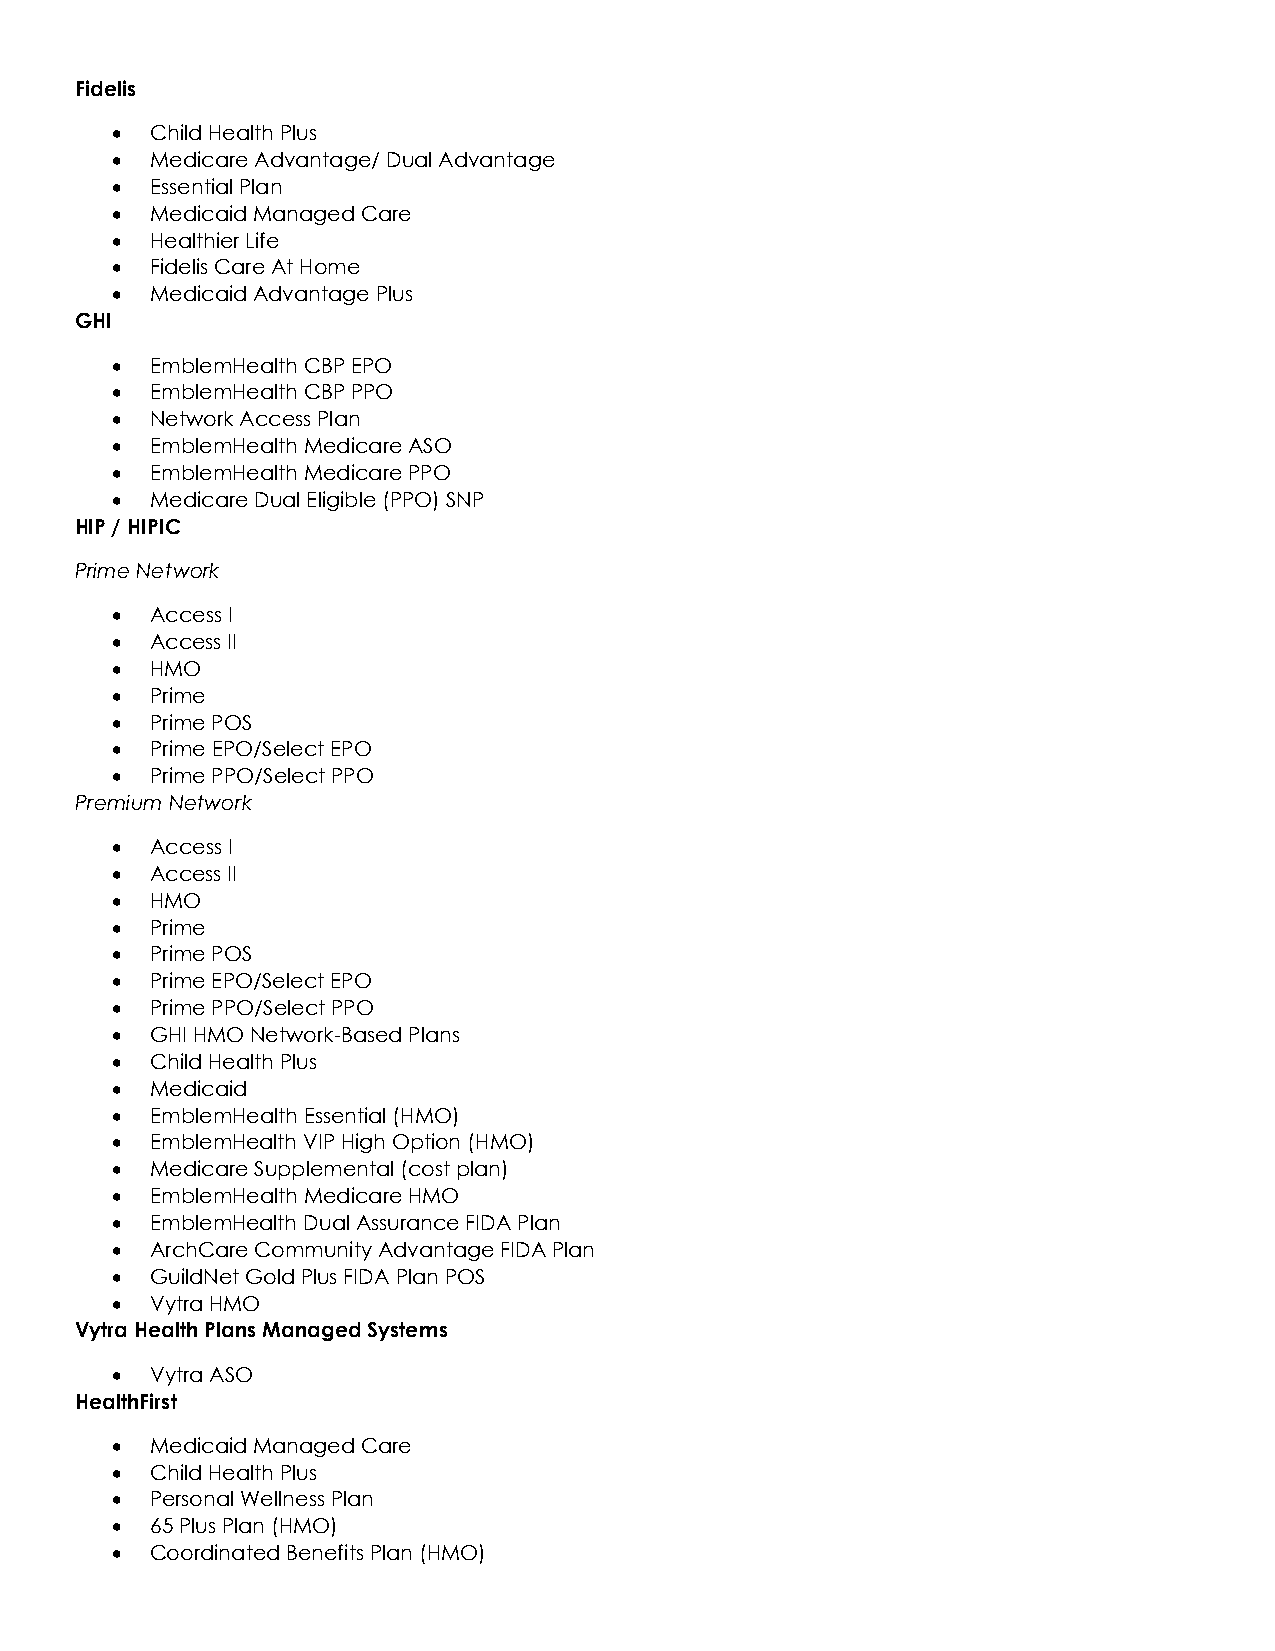
Fidelis
 •  Child Health Plus
 •  Medicare Advantage/ Dual Advantage
 •  Essential Plan
 •  Medicaid Managed Care
 •  Healthier Life
 •  Fidelis Care At Home
 •  Medicaid Advantage Plus
 GHI
 •  EmblemHealth CBP EPO
 •  EmblemHealth CBP PPO
 •  Network Access Plan
 •  EmblemHealth Medicare ASO
 •  EmblemHealth Medicare PPO
 •  Medicare Dual Eligible (PPO) SNP
 HIP / HIPIC
 Prime Network
 •  Access I
 •  Access II
 •  HMO
 •  Prime
 •  Prime POS
 •  Prime EPO/Select EPO
 •  Prime PPO/Select PPO
 Premium Network
 •  Access I
 •  Access II
 •  HMO
 •  Prime
 •  Prime POS
 •  Prime EPO/Select EPO
 •  Prime PPO/Select PPO
 •  GHI HMO Network-Based Plans
 •  Child Health Plus
 •  Medicaid
 •  EmblemHealth Essential (HMO)
 •  EmblemHealth VIP High Option (HMO)
 •  Medicare Supplemental (cost plan)
 •  EmblemHealth Medicare HMO
 •  EmblemHealth Dual Assurance FIDA Plan
 •  ArchCare Community Advantage FIDA Plan
 •  GuildNet Gold Plus FIDA Plan POS
 •  Vytra HMO
 Vytra Health Plans Managed Systems
 •  Vytra ASO
 HealthFirst
 •  Medicaid Managed Care
 •  Child Health Plus
 •  Personal Wellness Plan
 •  65 Plus Plan (HMO)
 •  Coordinated Benefits Plan (HMO)